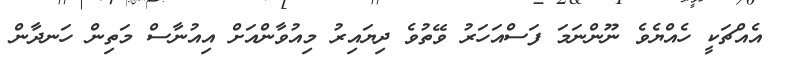
އެއްޗަކީ ހެއްޔެވެ ނޫންނަމަ ފަސްއަހަރު ވޭތުވެ ދިޔައިރު މިއުވާންއަށް އިއުނާސް މަތިން ހަނދާން